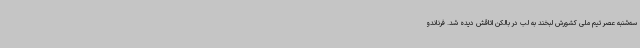
سه‌شنبه عصر تیم ملی کشورش لبخند به لب در بالکن اتاقش دیده شد. فرناندو